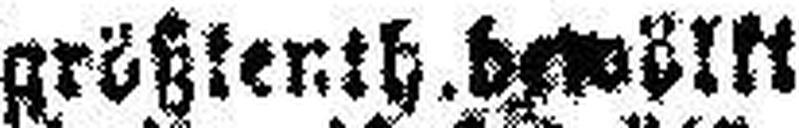
größtenth. bewölkt